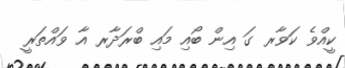
ކީއްވެ ކަވާރ ގަ އިން ބޯއި މައި ބްރަދާރ އާ ވައްތަރީ